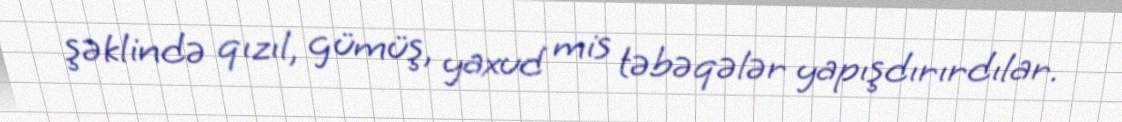
şəklində qızıl, gümüş, yaxud mis təbəqələr yapışdırırdılar.